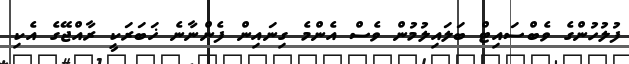
ފުލުހުންގެ ވެބްސައިޓް ބަލައިލުމުން ވެސް އެންމެ ގިނައިން ފެންނާނެ ޚަބަރަކީ ރާއްޖޭގެ އެކި